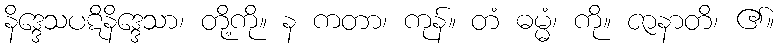
နိဒ္ဒေသပဋိနိဒ္ဒေသာ၊ တို့ကို။ န ကတာ၊ ကုန်။ တံ ဓမ္မံ၊ ကို။ ဇာနာတိ၊ ၏။